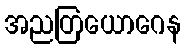
အညတြယောဂေန